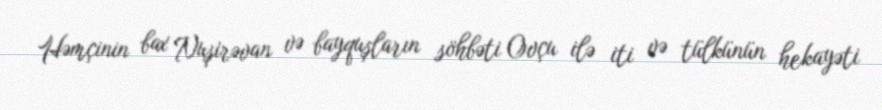
Həmçinin bax Nuşirəvan və bayquşların söhbəti Ovçu ilə iti və tülkünün hekayəti